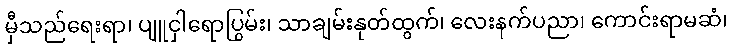
မှီသည်ရေးရာ၊ ပျူငှါရောပြွမ်း၊ သာချမ်းနုတ်ထွက်၊ လေးနက်ပညာ၊ ကောင်းရာမဆံ၊